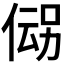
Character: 𬾪